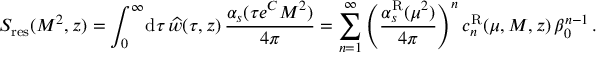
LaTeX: S _ { \mathrm { r e s } } ( M ^ { 2 } , z ) = \int _ { 0 } ^ { \infty } \! \mathrm { d } \tau \, \widehat w ( \tau , z ) \, { \frac { \alpha _ { s } ( \tau e ^ { C } M ^ { 2 } ) } { 4 \pi } } = \sum _ { n = 1 } ^ { \infty } \Bigg ( { \frac { \alpha _ { s } ^ { \mathrm { R } } ( \mu ^ { 2 } ) } { 4 \pi } } \Bigg ) ^ { n } \, c _ { n } ^ { \mathrm { R } } ( \mu , M , z ) \, \beta _ { 0 } ^ { n - 1 } \, .